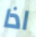
اذا